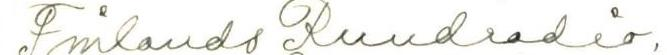
Finlands Rundradio,